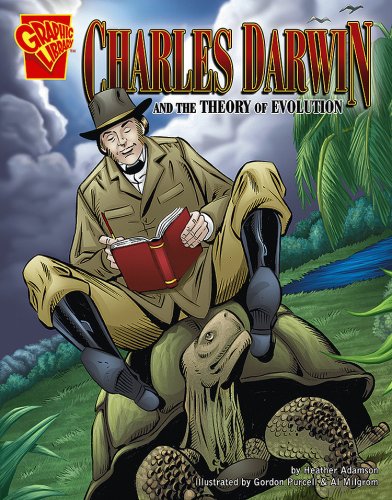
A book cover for Charles Darwin and the Theory of Evolution (Inventions and Discovery); Heather Adamson; Children's Books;